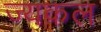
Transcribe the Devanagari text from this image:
ज्यकल